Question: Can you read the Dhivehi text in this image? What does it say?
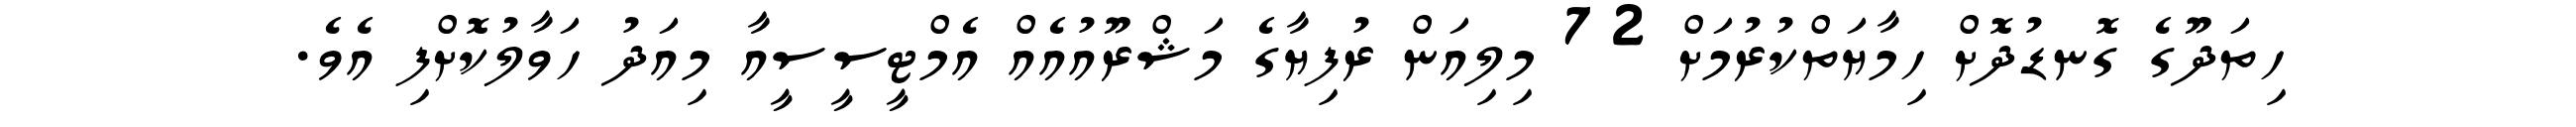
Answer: ހިތަދޫގެ ގޮނޑުދޮށް ހިމާޔަތްކުރުމަށް 72 މިލިއަން ރުފިޔާގެ މަޝްރޫއުއެއް އެމްޓީސީސީއާ މިއަދު ހަވާލުކޮށްފި އެވެ.